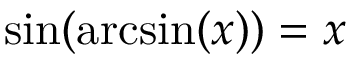
\sin ( \arcsin ( x ) ) = x